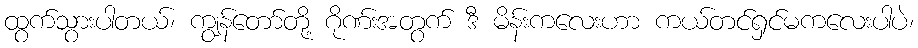
ထွက်သွားပါတယ်၊ ကျွန်တော်တို့ ဂိုဏ်းအတွက် ဒီ မိန်းကလေးဟာ ကယ်တင်ရှင်မကလေးပါပဲ၊